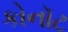
કોનૉટ